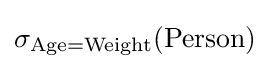
\sigma _{{\text{Age}}={\text{Weight}}}({\text{Person}})